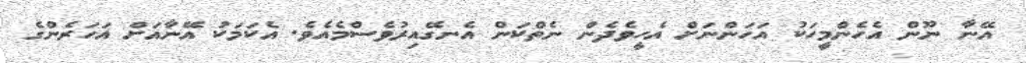
އޭނާ ނޫން އެހެންމީހަކު އަހަންނަށް އެހީވެދެން ނެތްކަން އެނގޭއިރުވެސްމެއެވެ. އެކަމަކު އޭނާއަށް އަހަރެންގެ